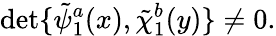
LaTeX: \operatorname*{det}\{ \tilde{\psi}_{1}^{a}(x),\tilde{\chi}_{1}^{b}(y)\} \neq 0.